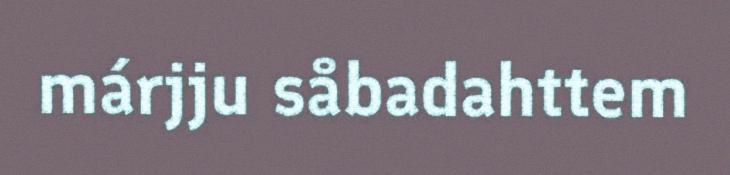
márjju såbadahttem